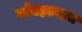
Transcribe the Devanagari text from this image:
बाँबहल्यात